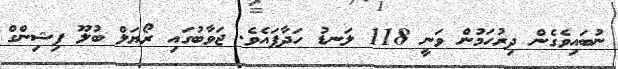
ނުބައިވެގެން ދިރުހަމުން ވަނީ 118 ލަނޑު ހަދާފައެވެ. ޖަވާބުގައި ރޯޔަލް ބުލޫ ފިޝިންގް